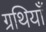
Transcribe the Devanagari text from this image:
ग्रथियाँ